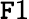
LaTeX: \mathtt{F}1